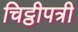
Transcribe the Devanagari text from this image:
चिट्ठीपत्री